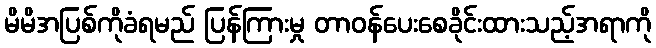
မိမိအပြစ်ကိုခံရမည် ပြန်ကြားမှု တာဝန်ပေးစေခိုင်းထားသည့်အရာကို